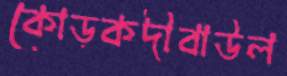
কোড়কদীবাউল